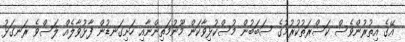
އޭގެ އިތުރުންވެސް ކަސްރަތުކުރުމުގެ ސަބަބުން މުސްކުޅިވާކަން މޫނުމަތިންނާއި ހަށިގަނޑުން ފާޅުވާލެއް ލަސްވެ ރަނގަޅު